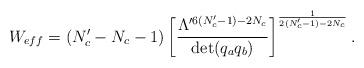
LaTeX: \begin{align*} W_{eff}=(N_c'-N_c-1)\left[\frac{\Lambda^{\prime 6(N_c'-1)-2N_c}} {\det(q_a q_b)}\right]^{\frac{1}{2(N_c'-1)-2N_c}}.\end{align*}